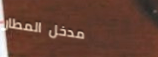
مدخل المطار